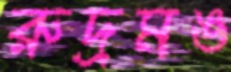
রুদ্রমঙ